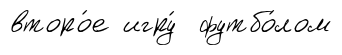
второ́е игру́ футбо́лом